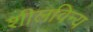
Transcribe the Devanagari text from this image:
शीलविन्य